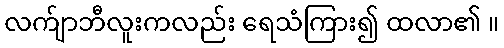
လက်ျာဘီလူးကလည်း ရေသံကြား၍ ထလာ၏ ။